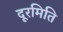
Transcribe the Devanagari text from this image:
दूरमिति